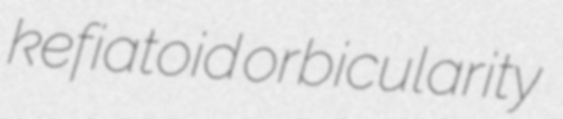
kefiatoid orbicularity